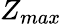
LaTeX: Z_{max}